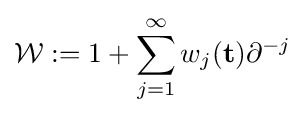
{\mathcal {W}}:=1+\sum _{j=1}^{\infty }w_{j}(\mathbf {t} )\partial ^{-j}